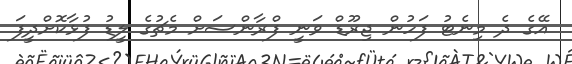
އޭގެ ދެ މިނެޓު ފަހުން ޖިރޫޑް ވަނީ ފްރާންސަށް މެޗުގެ ލީޑު ފުޅާކޮށްދީފަ